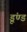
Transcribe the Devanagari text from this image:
डूंण्ड